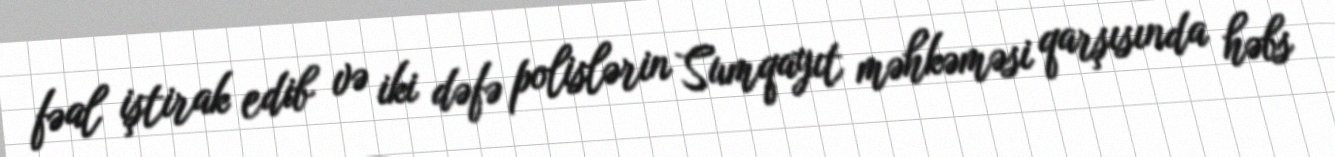
fəal iştirak edib və iki dəfə polislərin Sumqayıt məhkəməsi qarşısında həbs